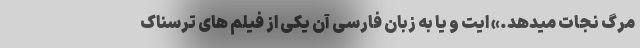
مرگ نجات میدهد.» ایت و یا به زبان فارسی آن یکی از فیلم های ترسناک